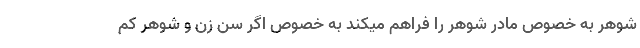
شوهر به خصوص مادر شوهر را فراهم میکند به خصوص اگر سن زن و شوهر کم